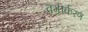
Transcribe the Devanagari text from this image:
वगीर्करण